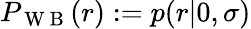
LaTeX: P_{\mathrm{~W~B~}}(r):=p(r|0,\sigma)